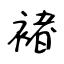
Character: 褚